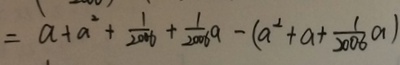
= a + a ^ { 2 } + \frac { 1 } { 2 0 0 6 } + \frac { 1 } { 2 0 0 6 } a - ( a ^ { 2 } + a + \frac { 1 } { 2 0 0 6 } a )